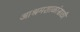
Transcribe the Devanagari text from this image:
आश्रमशाळांसाठी